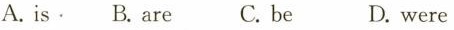
A.is. B. Are C. be D. were